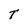
Character: T